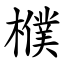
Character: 㯷